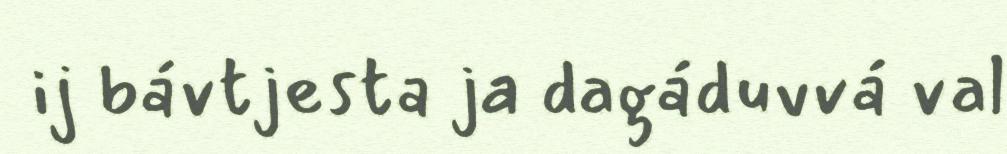
ij bávtjesta ja dagáduvvá val